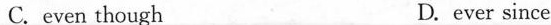
C. even though D. ever since